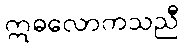
ဣဓလောကသညီ